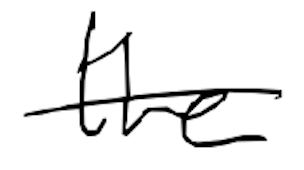
Text: the
Cross-out: single-line
Writing tool: digital_black